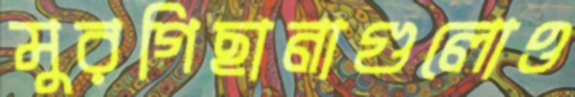
মুরগিছানাগুলোও